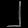
Digit: ၂